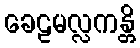
ခေဠမလ္လကန္တိ